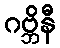
ဂဗ္ဘိနီ